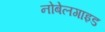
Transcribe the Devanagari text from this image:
नोबेलगाइड